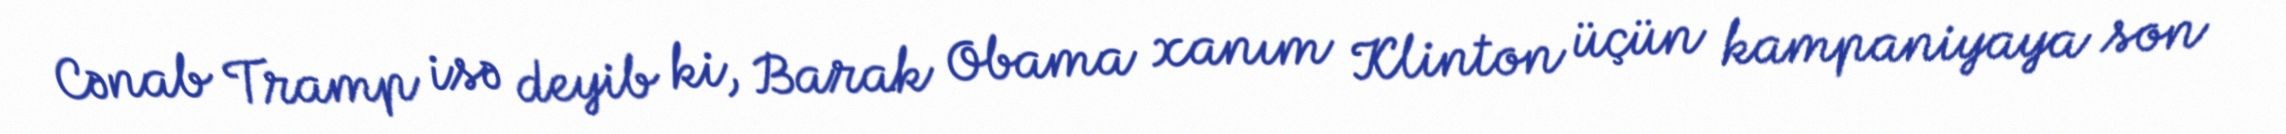
Cənab Tramp isə deyib ki, Barak Obama xanım Klinton üçün kampaniyaya son